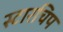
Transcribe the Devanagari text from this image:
स्टारचिप